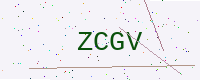
Text: ZCGV